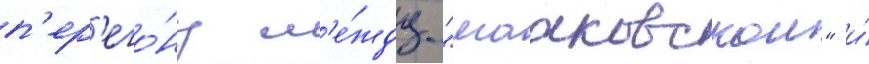
п'ер'его́ну м'е́жду "мааковскои" и́